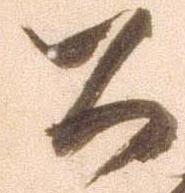
公